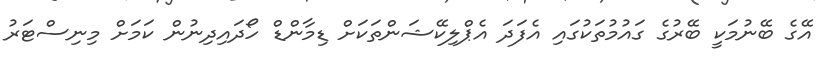
އޭގެ ބޭނުމަކީ ބޭރުގެ ގައުމުތަކުގައި އެފަދަ އެޕްލިކޭޝަންތަކަށް ޑިމާންޑް ހޯދައިދިނުން ކަމަށް މިނިސްޓަރު